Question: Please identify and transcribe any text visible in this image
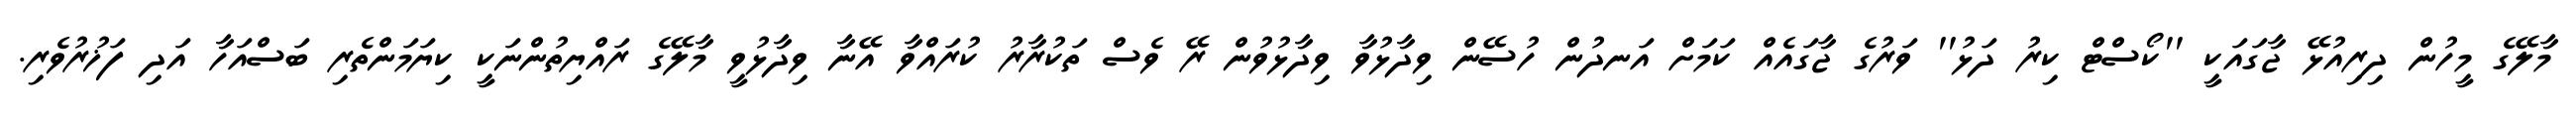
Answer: މާލޭގެ މީހުން ދިރިއުޅޭ ޖާގައަކީ ''ކޯސްޓް ކިރު ދަޅު'' ވަރުގެ ޖާގައެއް ކަމަށް އަނދުން ހުސޭން ވިދާޅުވާ ވިދާޅުވުން ރޭ ވެސް ތަކުރާރު ކުރައްވާ އޭނާ ވިދާޅުވީ މާލޭގެ ރައްޔިތުންނަކީ ކިޔަމަންތެރި ބަސްއަހާ އަދި ފަޚުރުވެރި.